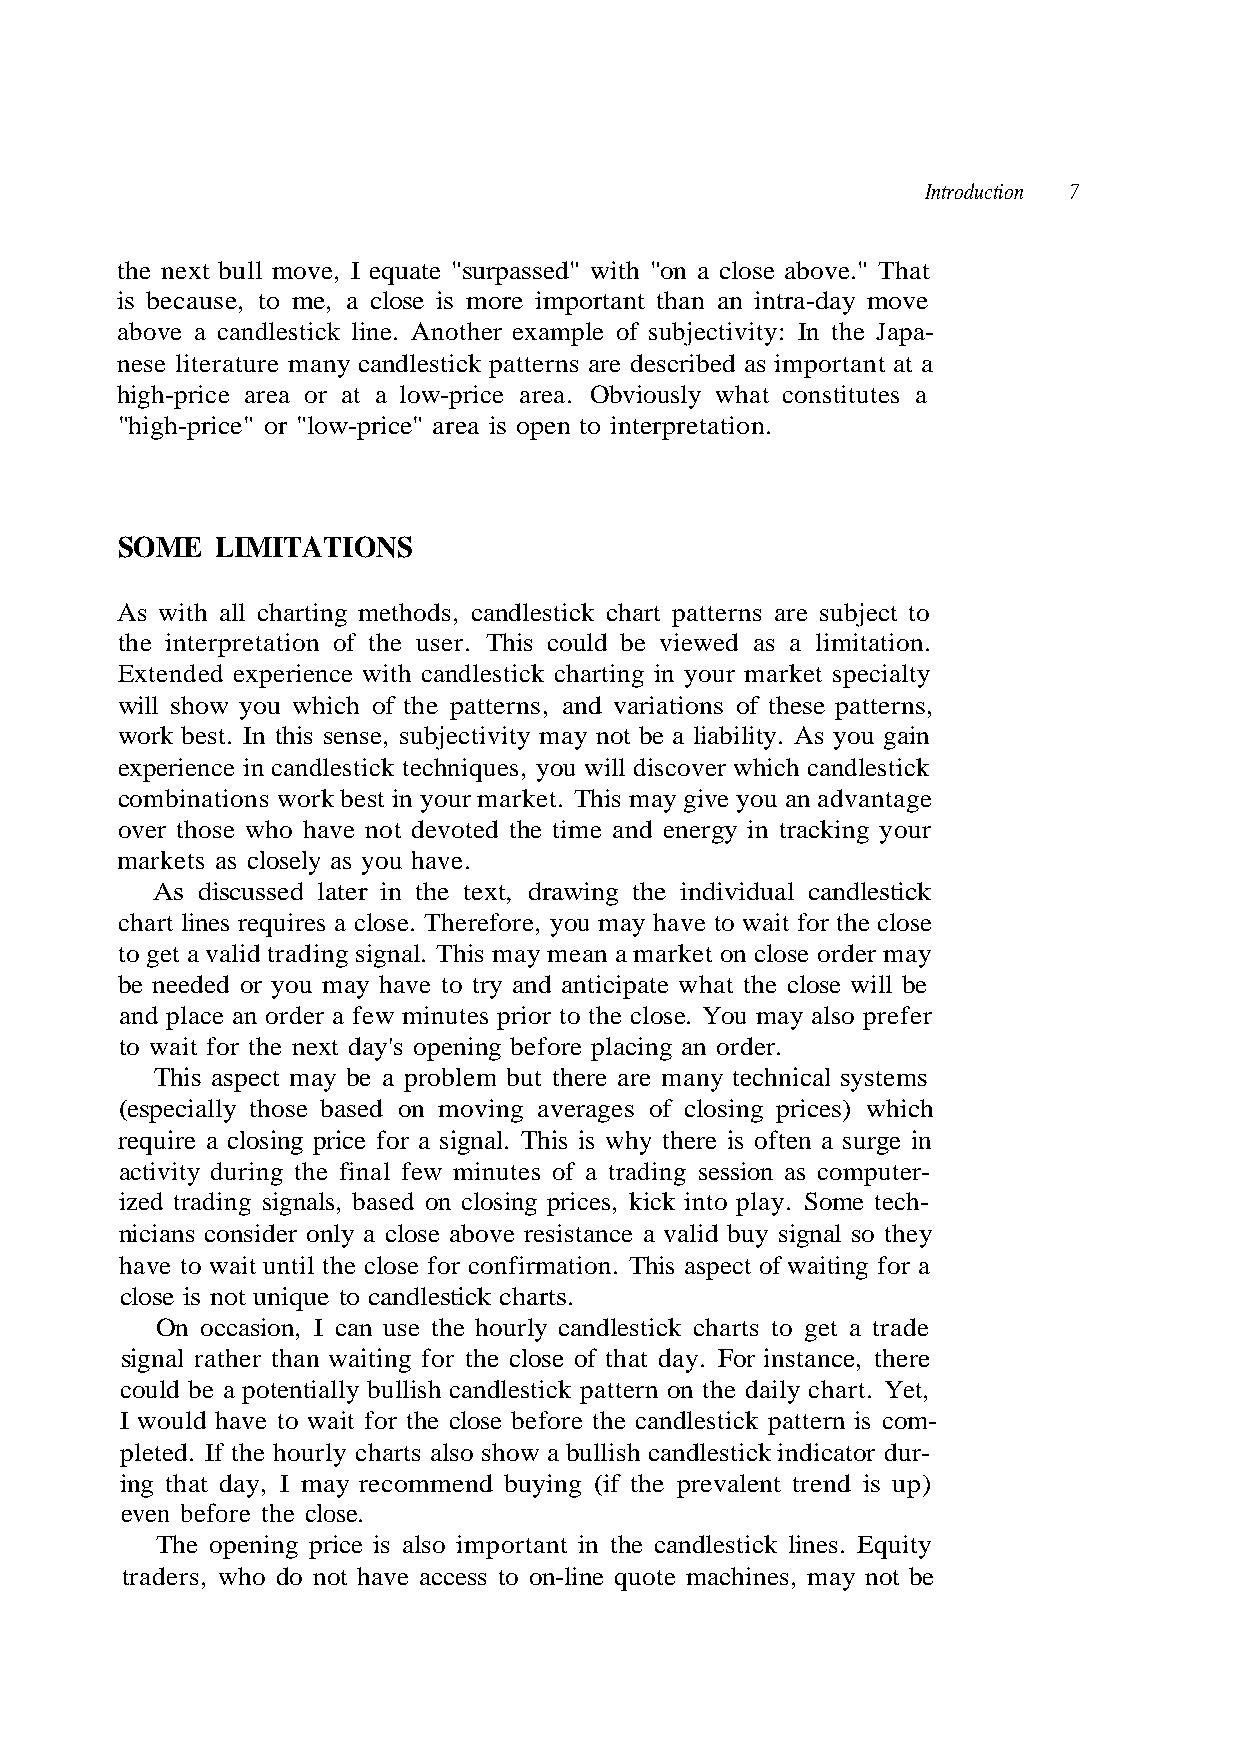
Introduction 7
 is because, to me, a close is more important than an intra-day move
 above a candlestick line. Another example of subjectivity: In the Japa-
 nese literature many candlestick patterns are described as important at a
 "high-price" or "low-price" area is open to interpretation.
 the interpretation of the user. This could be viewed as a limitation.
 will show you which of the patterns, and variations of these patterns,
 work best. In this sense, subjectivity may not be a liability. As you gain
 experience in candlestick techniques, you will discover which candlestick
 over those who have not devoted the time and energy in tracking your
 As discussed later in the text, drawing the individual candlestick
 to get a valid trading signal. This may mean a market on close order may
 to wait for the next day's opening before placing an order.
 This aspect may be a problem but there are many technical systems
 (especially those based on moving averages of closing prices) which
 close is not unique to candlestick charts.
 On occasion, I can use the hourly candlestick charts to get a trade
 I would have to wait for the close before the candlestick pattern is com-
 pleted. If the hourly charts also show a bullish candlestick indicator dur-
 even before the close.
 The opening price is also important in the candlestick lines. Equity
 a
 a
 r o
 s
 f
 e
 g
 t
 ut
 n
 e
 Tha
 stit
 aiti
 her
 "
 on
 w
 , t
 the next bull move, I equate "surpassed" with "on a close above.
 high-price area or at a low-price area. Obviously what c
 SOME LIMITATIONS
 As with all charting methods, candlestick chart patterns are subject to
 Extended experience with candlestick charting in your market specialty
 combinations work best in your market. This may give you an advantage
 markets as closely as you have.
 chart lines requires a close. Therefore, you may have to wait for the close
 be needed or you may have to try and anticipate what the close will be
 and place an order a few minutes prior to the close. You may also prefer
 require a closing price for a signal. This is why there is often a surge in
 activity during the final few minutes of a trading session as computer-
 ized trading signals, based on closing prices, kick into play. Some tech-
 nicians consider only a close above resistance a valid buy signal so they
 have to wait until the close for confirmation. This aspect of
 signal rather than waiting for the close of that day. For instance
 could be a potentially bullish candlestick pattern on the daily chart. Yet,
 ing that day, I may recommend buying (if the prevalent trend is up)
 traders, who do not have access to on-line quote machines, may not be